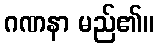
ဂဏနာ မည်၏။